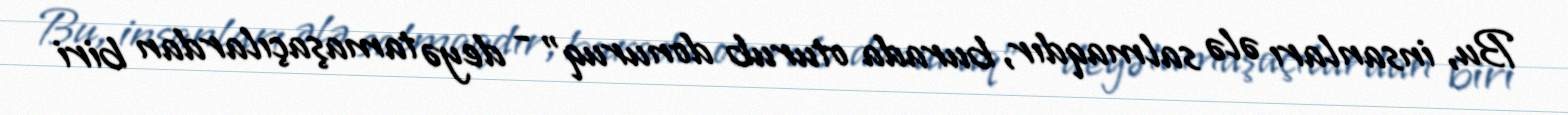
Bu, insanları ələ salmaqdır, burada oturub donuruq” - deyə tamaşaçılardan biri